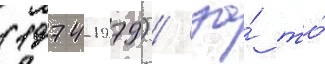
(1974-1979) / за́ то́